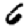
Digit: 6